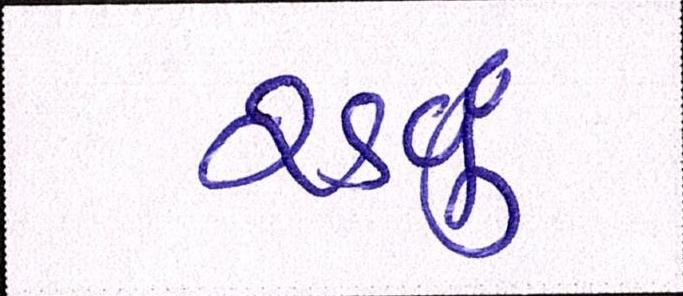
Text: રડવું